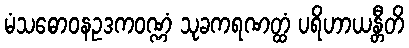
မံသဓောဝနဥဒကဝဏ္ဏံ သုခကရဏတ္ထံ ပရိဟာယန္တီတိ